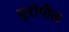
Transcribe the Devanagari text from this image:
युरोपील